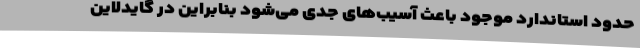
حدود استاندارد موجود باعث آسیب‌های جدی‌ می‌شود بنابراین در گایدلاین